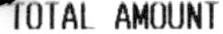
TOTAL AMOUNT